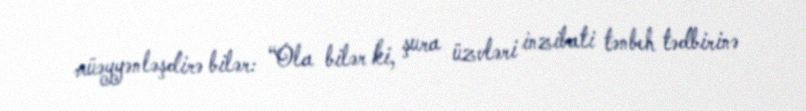
müəyyənləşdirə bilər: “Ola bilər ki, şura üzvləri inzibati tənbeh tədbirinə